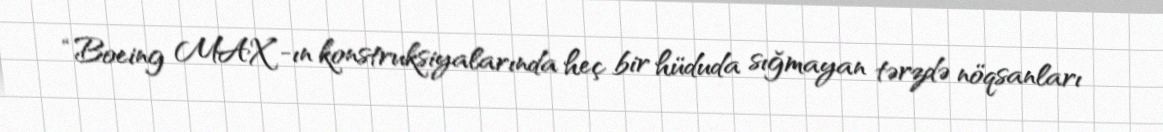
“Boeing MAX”-ın konstruksiyalarında heç bir hüduda sığmayan tərzdə nöqsanları